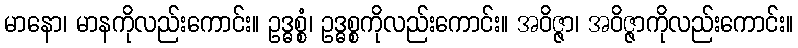
မာနော၊ မာနကိုလည်းကောင်း။ ဥဒ္ဓစ္စံ၊ ဥဒ္ဓစ္စကိုလည်းကောင်း။ အဝိဇ္ဇာ၊ အဝိဇ္ဇာကိုလည်းကောင်း။